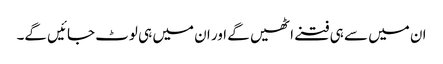
ان میں سے ہی فتنے اٹھیں گے اور ان میں ہی لوٹ جائیں گے۔